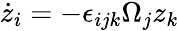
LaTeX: \dot{z}_{i}=-\epsilon_{ijk}\Omega_{j}z_{k}